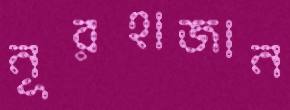
নূরহাজান